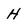
Character: H